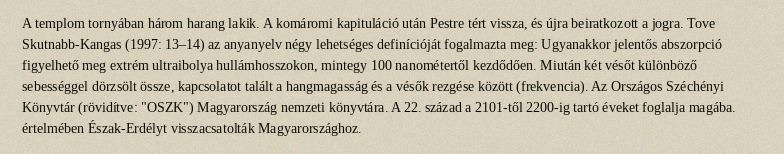
A templom tornyában három harang lakik. A komáromi kapituláció után Pestre tért vissza, és újra beiratkozott a jogra. Tove Skutnabb-Kangas (1997: 13–14) az anyanyelv négy lehetséges definícióját fogalmazta meg: Ugyanakkor jelentős abszorpció figyelhető meg extrém ultraibolya hullámhosszokon, mintegy 100 nanométertől kezdődően. Miután két vésőt különböző sebességgel dörzsölt össze, kapcsolatot talált a hangmagasság és a vésők rezgése között (frekvencia). Az Országos Széchényi Könyvtár (rövidítve: "OSZK") Magyarország nemzeti könyvtára. A 22. század a 2101-től 2200-ig tartó éveket foglalja magába. értelmében Észak-Erdélyt visszacsatolták Magyarországhoz.